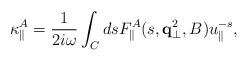
LaTeX: \begin{align*}\kappa^A_{\parallel}= {1 \over 2i \omega} \int_C dsF^A_{\parallel}(s,{\bf q}_{\bot}^2,B)u_{\parallel}^{-s},\end{align*}